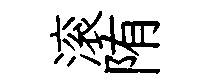
滚陏